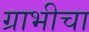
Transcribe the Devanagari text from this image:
ग्राभीचा